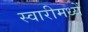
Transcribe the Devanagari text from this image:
स्वारीमध्यें